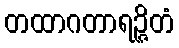
တထာဂတာရဉ္ဇိတံ